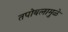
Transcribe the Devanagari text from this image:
तपोबलामुळे